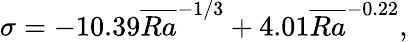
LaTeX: \sigma=-10.39\overline{{Ra}}^{-1/3}+4.01\overline{{Ra}}^{-0.22},